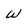
Character: W